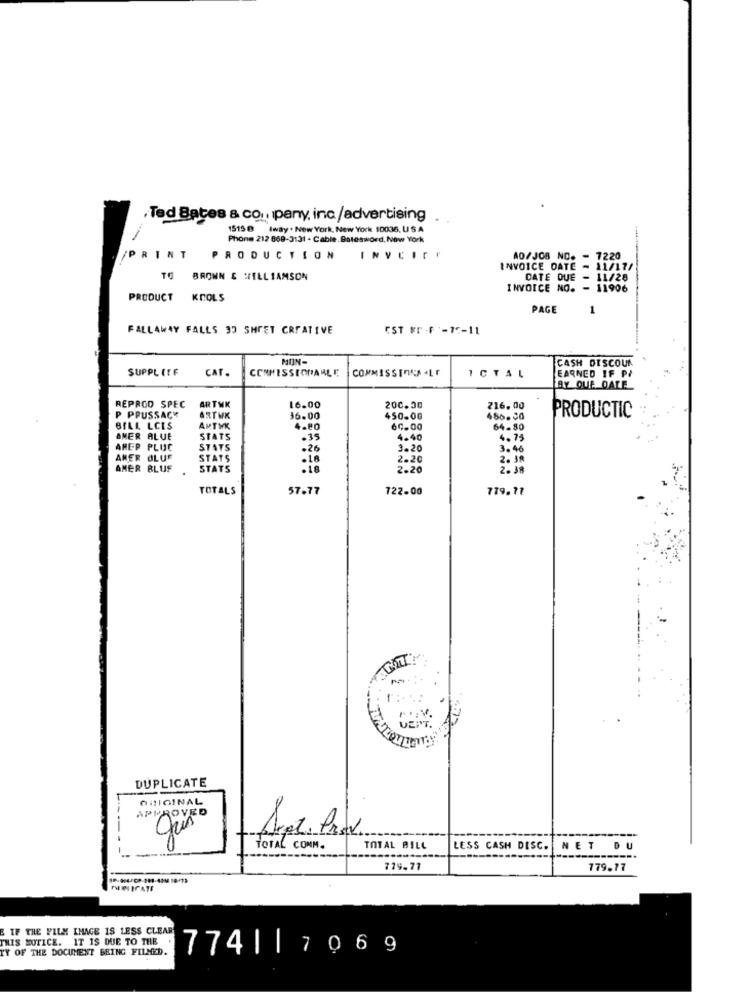
Ted Bates & co ., pany, inc/advertising
1515 e Iway . New York, New York 10036, USA
Phone 212 869-3131 . Cable. Batesword, New York
PRINT
INVCITY
AO/JOB NO. - 7220
INVOICE DATE - 11/17/
TO
BROWN & WILLIAMSON
DATE QUE - 11/28
INVOICE NO. - 11906
PRODUCT
KNOLS
PAGE
1
FALLAWAY FALLS 30 SHEET CREATIVE
CST # F -1-11
MON.
SUPPL ITF
CAT.
CONMISSIONALLE
COMMISSENNA ALF
ICTAL
CASH DISCOUA
EARNED IF PI
AY QUE DATE
ARTWK
REPROD SPEC
16.00
200.00
216.00
P PPUSSACT
ARTWK
36.00
450.00
486.00
PRODUCTIC
BILL LCIS
AMTYK
4.80
60.00
64.80
OMER ALUE
STATS
.35
4.40
4.75
AREP PLUC
STATS
.26
1.20
3.46
AMER OLUF
STATS
.18
2.20
2. 38
AMER BLUF
STATS
2.20
2. 38
TOTALS
57.77
722.00
779.71
DUPLICATE
ORIGINAL
APPROVED
----
TOTAL COMM.
TOTAL BILL
LESS CASH DISC. NET
ET DU
DU
179.77
779.77
E IF THE FILM IMAGE IS LESS CLEAR
THIS NOTICE. IT IS DUE TO THE
TY OF THE DOCUMENT BEING FILMED.
774| | 7 0 6 9